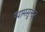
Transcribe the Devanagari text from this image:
ष्यामसुन्दर